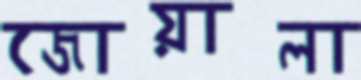
জোয়ালা